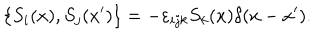
\{ S _ { i } ( x ) , S _ { j } ( x ^ { \prime } ) \} = - \varepsilon _ { i j k } S _ { k } ( x ) \delta ( x - x ^ { \prime } ) .